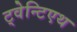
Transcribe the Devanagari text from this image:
ट्वेन्टिएथ